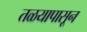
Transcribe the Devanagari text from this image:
तळयापासून